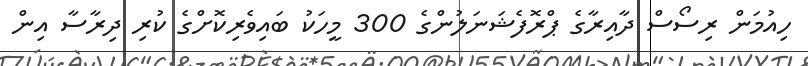
ހިއުމަން ރިސޯސް ދާއިރާގެ ޕްރޮފެޝަނަލުންގެ 300 މީހަކު ބައިވެރިކޮށްގެ ކުރި ދިރާސާ އިން